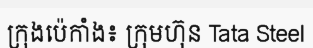
ក្រុងប៉េកាំង៖ ក្រុមហ៊ុន Tata Steel